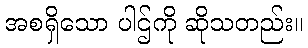
အစရှိသော ပါဌ်ကို ဆိုသတည်း။